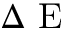
\Delta \textrm { E }